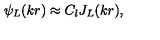
\psi _ { L } ( k r ) \approx C _ { l } J _ { L } ( k r ) ,